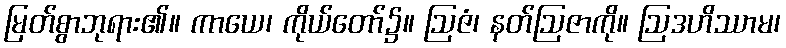
မြတ်စွာဘုရား၏။ ကာယေ၊ ကိုယ်တော်၌။ ဩဇံ၊ နတ်ဩဇာကို။ ဩဒဟိဿာမ၊